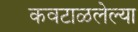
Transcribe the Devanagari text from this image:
कवटाळलेल्या